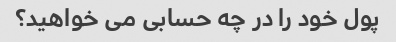
پول خود را در چه حسابی می خواهید؟